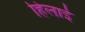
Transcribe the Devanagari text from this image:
हिलाई